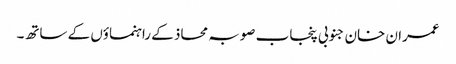
عمران خان جنوبی پنجاب صوبہ محاذ کے راہنماؤں کے ساتھ۔